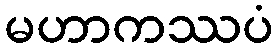
မဟာကဿပံ